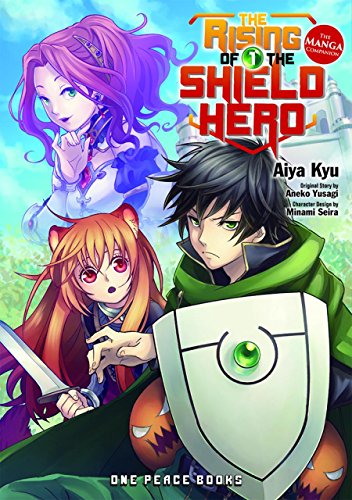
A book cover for The Rising of the Shield Hero Volume 01: The Manga Companion; Aneko Yusagi; Comics & Graphic Novels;